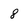
Character: 8